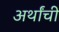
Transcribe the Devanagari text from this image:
अर्थांची